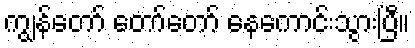
ကျွန်တော် တော်တော် နေကောင်းသွားပြီ။